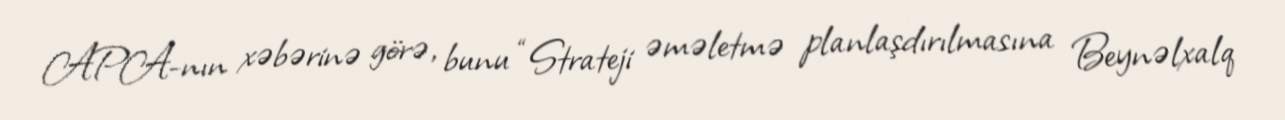
APA-nın xəbərinə görə, bunu “Strateji əməletmə planlaşdırılmasına Beynəlxalq